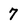
Character: 7